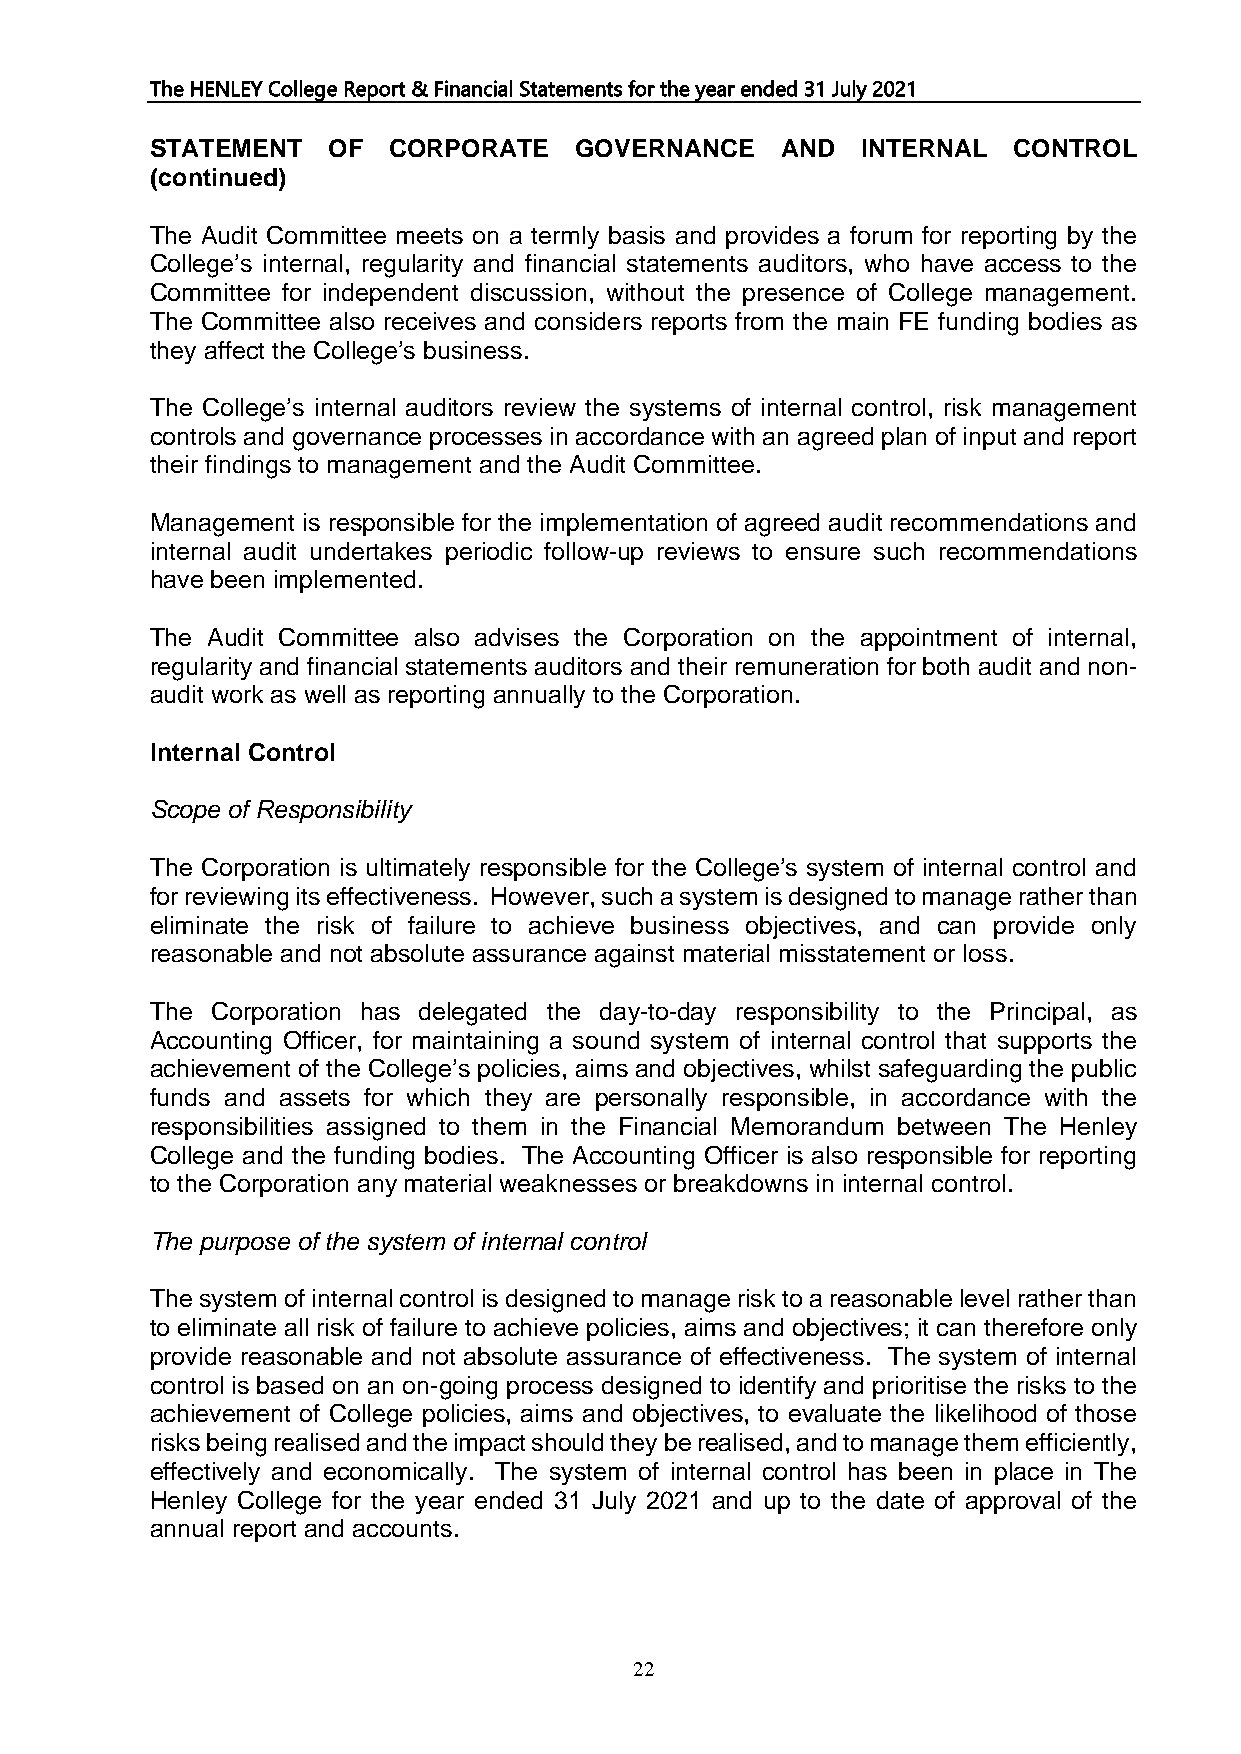
The HENLEY College Report & Financial Statements for the year ended 31 July 2021
 STATEMENT   OF  CORPORATE   GOVERNANCE    AND  INTERNAL  CONTROL
 (continued)
 The Audit Committee meets on a termly basis and provides a forum for reporting by the
 College’s internal, regularity and financial statements auditors, who have access to the
 Committee for independent discussion, without the presence of College management.
 The Committee also receives and considers reports from the main FE funding bodies as
 they affect the College’s business.
 The College’s internal auditors review the systems of internal control, risk management
 controls and governance processes in accordance with an agreed plan of input and report
 their findings to management and the Audit Committee.
 Management is responsible for the implementation of agreed audit recommendations and
 internal audit undertakes periodic follow-up reviews to ensure such recommendations
 have been implemented.
 The Audit Committee also advises the Corporation on the appointment of internal,
 regularity and financial statements auditors and their remuneration for both audit and non-
 audit work as well as reporting annually to the Corporation.
 Internal Control
 Scope of Responsibility
 The Corporation is ultimately responsible for the College’s system of internal control and
 for reviewing its effectiveness. However, such a system is designed to manage rather than
 eliminate the risk of failure to achieve business objectives, and can provide only
 reasonable and not absolute assurance against material misstatement or loss.
 The Corporation has delegated the day-to-day responsibility to the Principal, as
 Accounting Officer, for maintaining a sound system of internal control that supports the
 achievement of the College’s policies, aims and objectives, whilst safeguarding the public
 funds and assets for which they are personally responsible, in accordance with the
 responsibilities assigned to them in the Financial Memorandum between The Henley
 College and the funding bodies. The Accounting Officer is also responsible for reporting
 to the Corporation any material weaknesses or breakdowns in internal control.
 The purpose of the system of internal control
 The system of internal control is designed to manage risk to a reasonable level rather than
 to eliminate all risk of failure to achieve policies, aims and objectives; it can therefore only
 provide reasonable and not absolute assurance of effectiveness. The system of internal
 control is based on an on-going process designed to identify and prioritise the risks to the
 achievement of College policies, aims and objectives, to evaluate the likelihood of those
 risks being realised and the impact should they be realised, and to manage them efficiently,
 effectively and economically. The system of internal control has been in place in The
 Henley College for the year ended 31 July 2021 and up to the date of approval of the
 annual report and accounts.
 22